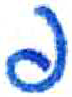
אות: פ